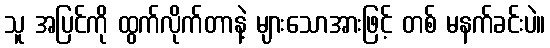
သူ အပြင်ကို ထွက်လိုက်တာနဲ့ များသောအားဖြင့် တစ် မနက်ခင်းပဲ။